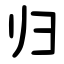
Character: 归